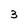
Character: 3